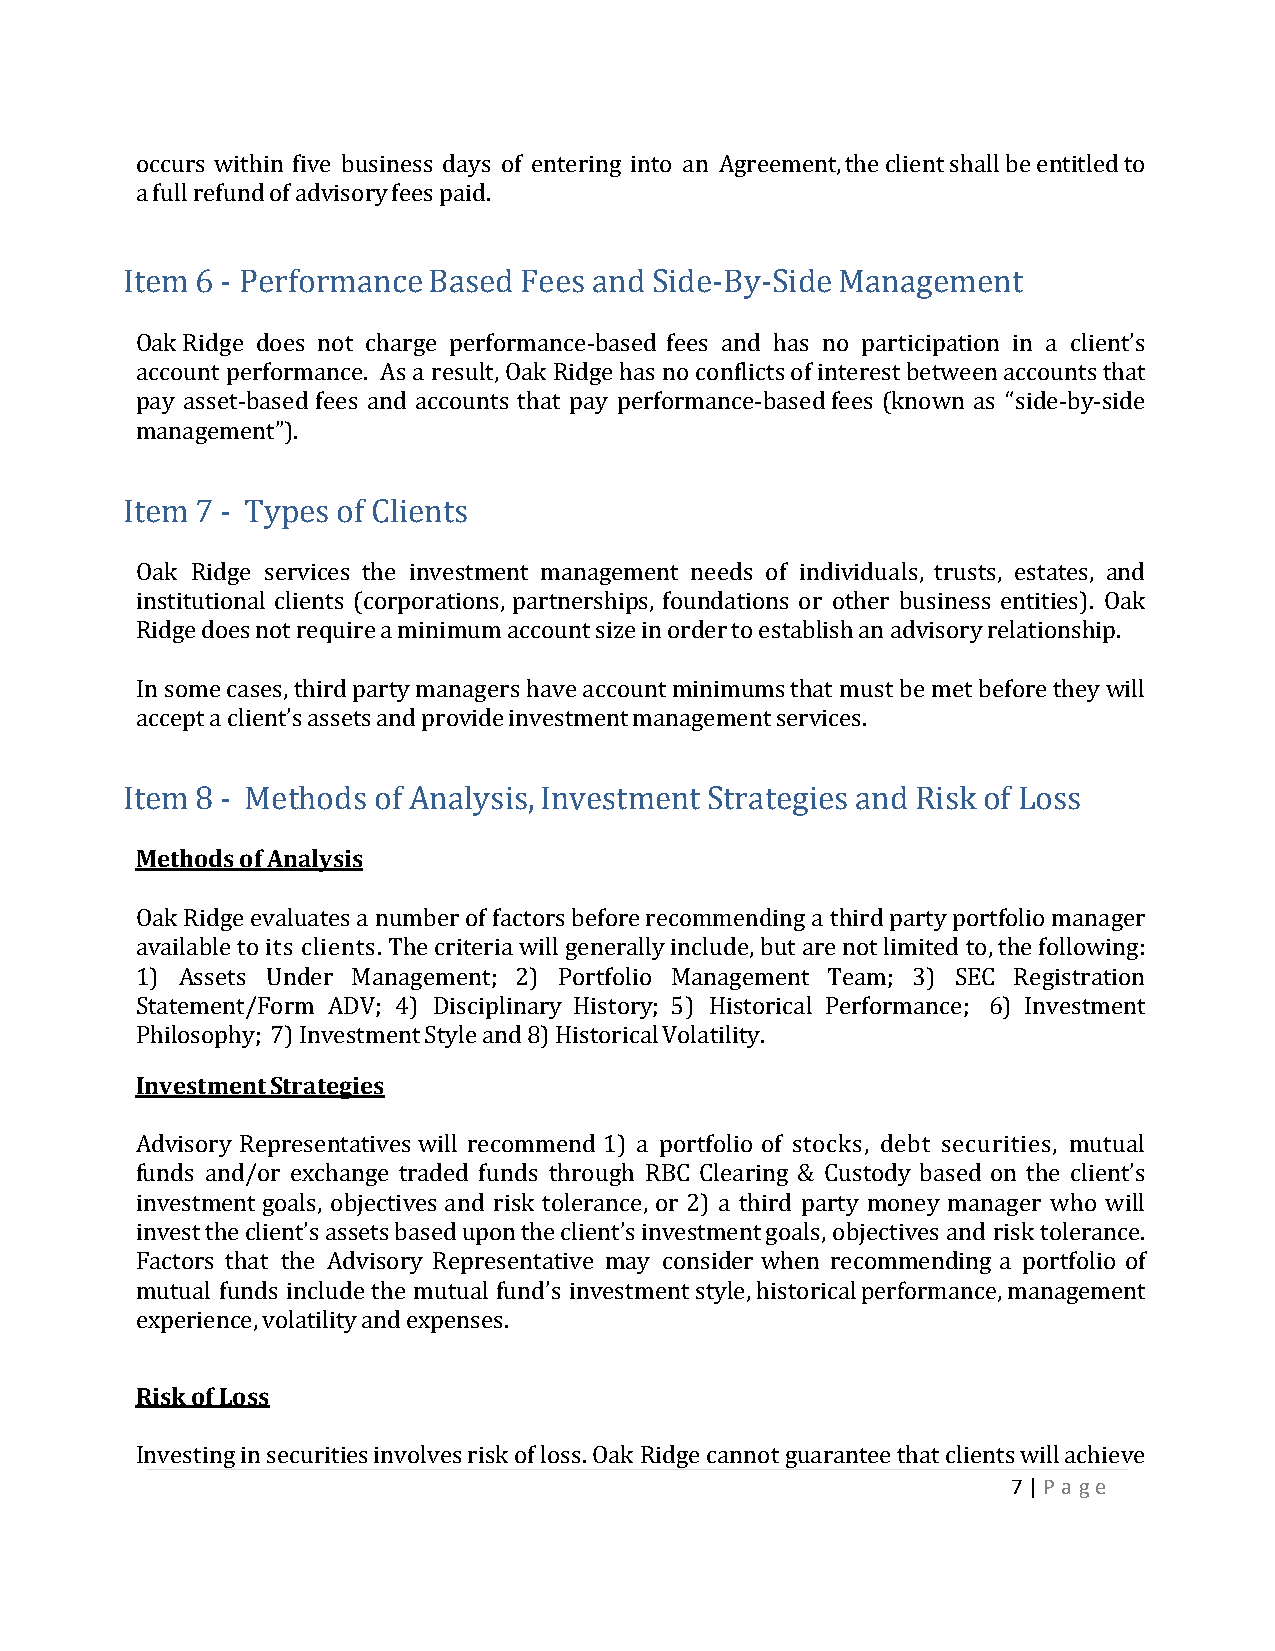
occurs within five business days of entering into an Agreement, the client shall be entitled to
 a full refund of advisory fees paid.
 Item 6 - Performance Based Fees and Side-By-Side Management
 Oak Ridge does not charge performance‐based fees and has no participation in a client’s
 account performance. As a result, Oak Ridge has no conflicts of interest between accounts that
 pay asset‐based fees and accounts that pay performance‐based fees (known as “side‐by‐side
 management”).
 Item 7 - Types of Clients
 Oak Ridge services the investment management needs of individuals, trusts, estates, and
 institutional clients (corporations, partnerships, foundations or other business entities). Oak
 Ridge does not require a minimum account size in order to establish an advisory relationship.
 In some cases, third party managers have account minimums that must be met before they will
 accept a client’s assets and provide investment management services.
 Item 8 - Methods of Analysis, Investment Strategies and Risk of Loss
 Methods of Analysis
 Oak Ridge evaluates a number of factors before recommending a third party portfolio manager
 available to its clients. The criteria will generally include, but are not limited to, the following:
 1) Assets Under Management; 2) Portfolio Management Team; 3) SEC Registration
 Statement/Form ADV; 4) Disciplinary History; 5) Historical Performance; 6) Investment
 Philosophy; 7) Investment Style and 8) Historical Volatility.
 Investment Strategies
 Advisory Representatives will recommend 1) a portfolio of stocks, debt securities, mutual
 funds and/or exchange traded funds through RBC Clearing & Custody based on the client’s
 investment goals, objectives and risk tolerance, or 2) a third party money manager who will
 invest the client’s assets based upon the client’s investment goals, objectives and risk tolerance.
 Factors that the Advisory Representative may consider when recommending a portfolio of
 mutual funds include the mutual fund’s investment style, historical performance, management
 experience, volatility and expenses.
 Risk of Loss
 Investing in securities involves risk of loss. Oak Ridge cannot guarantee that clients will achieve
 7 | P a g e